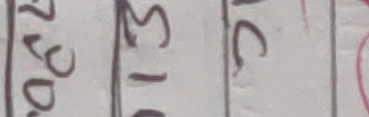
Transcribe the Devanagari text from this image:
२०१३ डि.